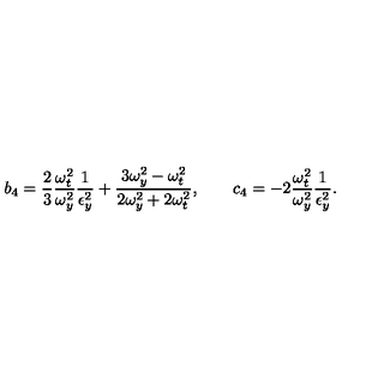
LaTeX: b _ { 4 } = \frac { 2 } { 3 } \frac { \omega _ { t } ^ { 2 } } { \omega _ { y } ^ { 2 } } \frac { 1 } { \epsilon _ { y } ^ { 2 } } + \frac { 3 \omega _ { y } ^ { 2 } - \omega _ { t } ^ { 2 } } { 2 \omega _ { y } ^ { 2 } + 2 \omega _ { t } ^ { 2 } } , \qquad c _ { 4 } = - 2 \frac { \omega _ { t } ^ { 2 } } { \omega _ { y } ^ { 2 } } \frac { 1 } { \epsilon _ { y } ^ { 2 } } .